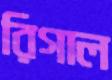
রিগাল